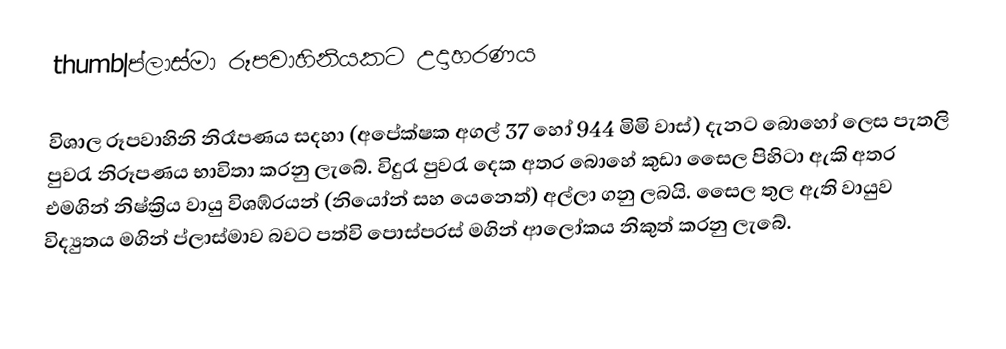
thumb|ප්ලාස්මා රූපවාහිනියකට උදාහරණය

විශාල රූපවාහිනි නිරෑපණය සදහා (අපේක්ෂක අගල් 37 හෝ 944 මිමි වාස්) දැනට බොහෝ ලෙස පැතලි පුවරැ නිරූපණය භාවිතා කරනු ලැබේ. විදුරැ පුවරැ දෙක අතර බොහේ කුඩා සෛල පිහිටා ඇකි අතර එමගින් නිෂ්ක්‍රිය වායු විශඹ්‍රයන් (නියෝන් සහ යෙනෙත්) අල්ලා ගනු ලබයි. සෛල තුල ඇති වායුව විද්‍යුතය මගින් ප්ලාස්මාව බවට පත්වි පොස්පරස් මගින් ආලෝකය නිකුත් කරනු ලැබේ.